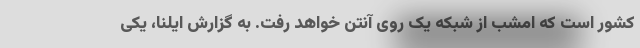
کشور است که امشب از شبکه یک روی آنتن خواهد رفت. به گزارش ایلنا، یکی